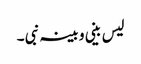
لیس بینی و بینہ نبی ۔